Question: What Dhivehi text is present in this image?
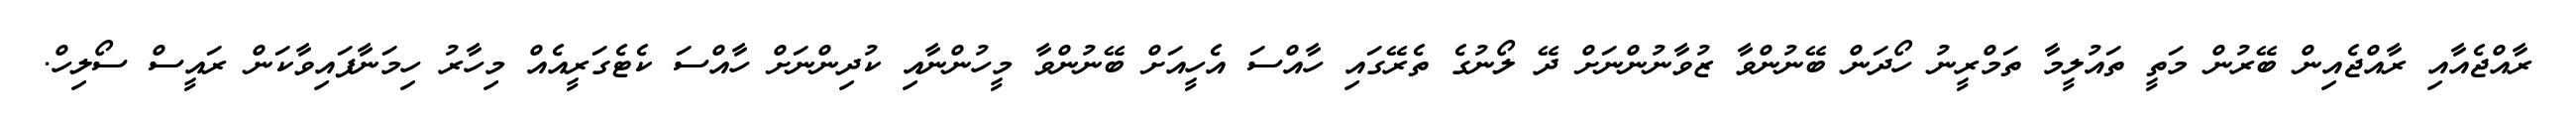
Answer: ރާއްޖެއާއި ރާއްޖެއިން ބޭރުން މަތީ ތައުލީމާ ތަމްރީނު ހޯދަން ބޭނުންވާ ޒުވާނުންނަށް ދޭ ލޯނުގެ ތެރޭގައި ހާއްސަ އެހީއަށް ބޭނުންވާ މީހުންނާއި ކުދިންނަށް ހާއްސަ ކެޓެގަރީއެއް މިހާރު ހިމަނާފައިވާކަން ރައީސް ސޯލިހް.